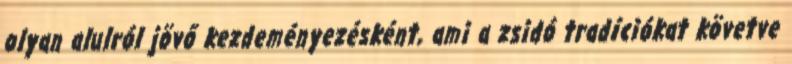
olyan alulról jövő kezdeményezésként, ami a zsidó tradíciókat követve